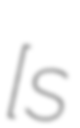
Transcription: [sɔ́